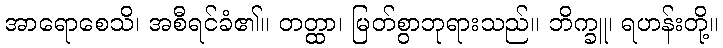
အာရောစေသိ၊ အစီရင်ခံ၏။ တတ္ထာ၊ မြတ်စွာဘုရားသည်။ ဘိက္ခူ၊ ရဟန်းတို့။